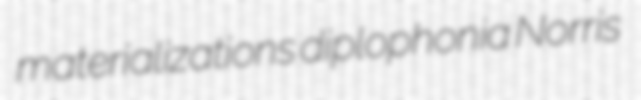
materializations diplophonia Norris